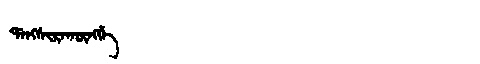
Manchu: ᡩᠠᠩᠰᡳᡵᠠᡴᡡᠩᡤᡝ
Romanization: DANGSIRAKŪNGGE